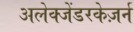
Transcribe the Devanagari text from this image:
अलेक्जेंडरकेज़र्न